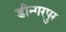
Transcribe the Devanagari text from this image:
डीन्गरपुर